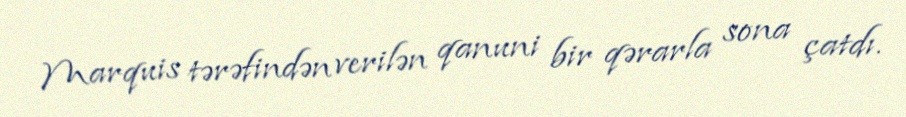
Marquis tərəfindən verilən qanuni bir qərarla sona çatdı.